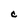
Character: c